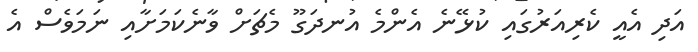
އަދި އެއީ ކެރިއަރުގައި ކުޅޭނެ އެންމެ އުނދަގޫ މެޗަށް ވާނެކަމަށާއި ނަމަވެސް އެ